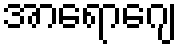
အာရောဂျေ